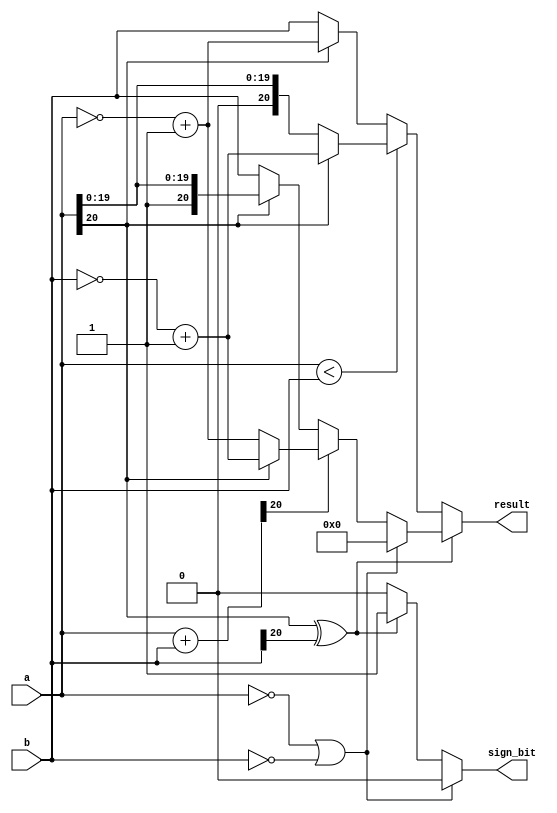
module function_f(
    input   [20:0]   a,
    input   [20:0]   b,
    output           sign_bit,
    output  [20:0]   result
);

wire [20:0] sum;
wire [20:0] a_inv;
wire [20:0] b_inv;

assign a_inv = (~a+1);
assign b_inv = (~b+1);

assign sum = a+b;
assign result = (~(a[20]^b[20]))? (a<b)? ((~a[20])? a: b_inv): ((~a[20])? b: a_inv)
                              : ((a == 0) || (b == 0))? 0
                              : (sum[20])? ((~a[20])? a_inv: b_inv): ((~a[20])? b: a);
assign sign_bit = ((a == 0) || (b == 0))? 0: ((~(a[20]^b[20]))? 0: 1);

endmodule